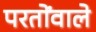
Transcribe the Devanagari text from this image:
परतोंवाले